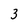
Character: 3